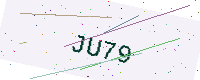
Text: JU79